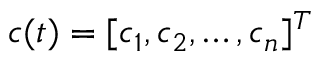
\boldsymbol { c } ( t ) = [ c _ { 1 } , c _ { 2 } , \dots , c _ { n } ] ^ { T }